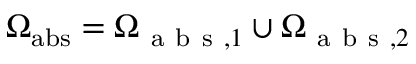
\Omega _ { \mathrm { a b s } } = \Omega _ { \mathrm { ~ a ~ b ~ s ~ } , 1 } \cup \Omega _ { \mathrm { ~ a ~ b ~ s ~ } , 2 }